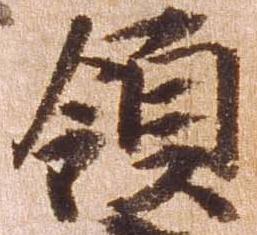
領